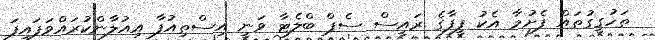
ތަހުގީގުތައް ފެށުމާ އެކު ފީފާގެ ރައީސް ސެޕް ބްލެޓާ ވަނީ އިސްތިއުފާ އިއުލާންކުރައްވަފައިފަ